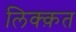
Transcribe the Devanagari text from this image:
लिक्क़त